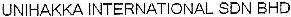
UNIHAKKA INTERNATIONAL SDN BHD